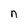
Character: n